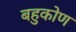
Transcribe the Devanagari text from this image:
बहुकोण